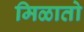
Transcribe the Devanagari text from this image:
मिळातो